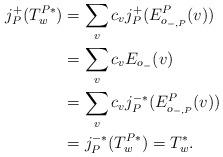
LaTeX: \begin{align*}j_P^+(T_w^{P*}) & = \sum_v c_vj_P^+(E^P_{o_{-,P}}(v))\\& = \sum_v c_vE_{o_-}(v)\\& = \sum_v c_vj_P^{-*}(E^P_{o_{-,P}}(v))\\& = j_P^{-*}(T_w^{P*}) = T_w^{*}.\end{align*}